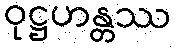
ဝုဋ္ဌဟန္တဿ